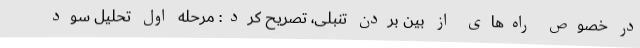
در خصوص راه‌های از بین بردن تنبلی، تصریح کرد: مرحله اول تحلیل سود